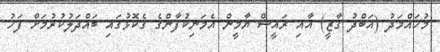
މުހައްމަދު (އަބްދު ގާޒީ) އާއި ރައީސް ޔާމީން އެމަނިކުފާންގެ ގެކޮޅުގައި ބައްދަލުކުރުމަށް ފަހު